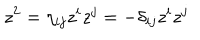
z ^ { 2 } = \eta _ { i j } z ^ { i } z ^ { j } = - \delta _ { i j } z ^ { i } z ^ { j }